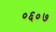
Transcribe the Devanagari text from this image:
०६०७